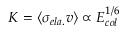
K = \langle \sigma _ { e l a . } v \rangle \propto E _ { c o l } ^ { 1 / 6 }